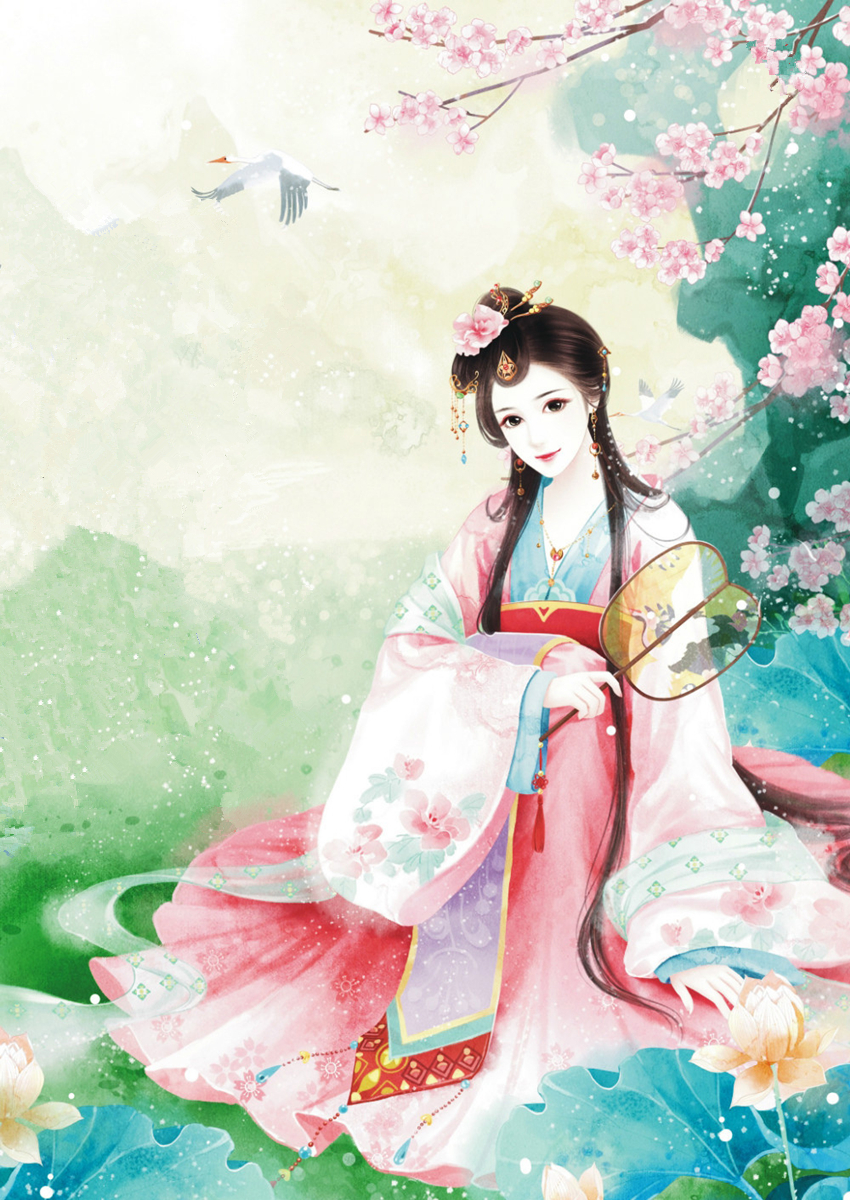
海水梦悠悠，君愁我亦愁。